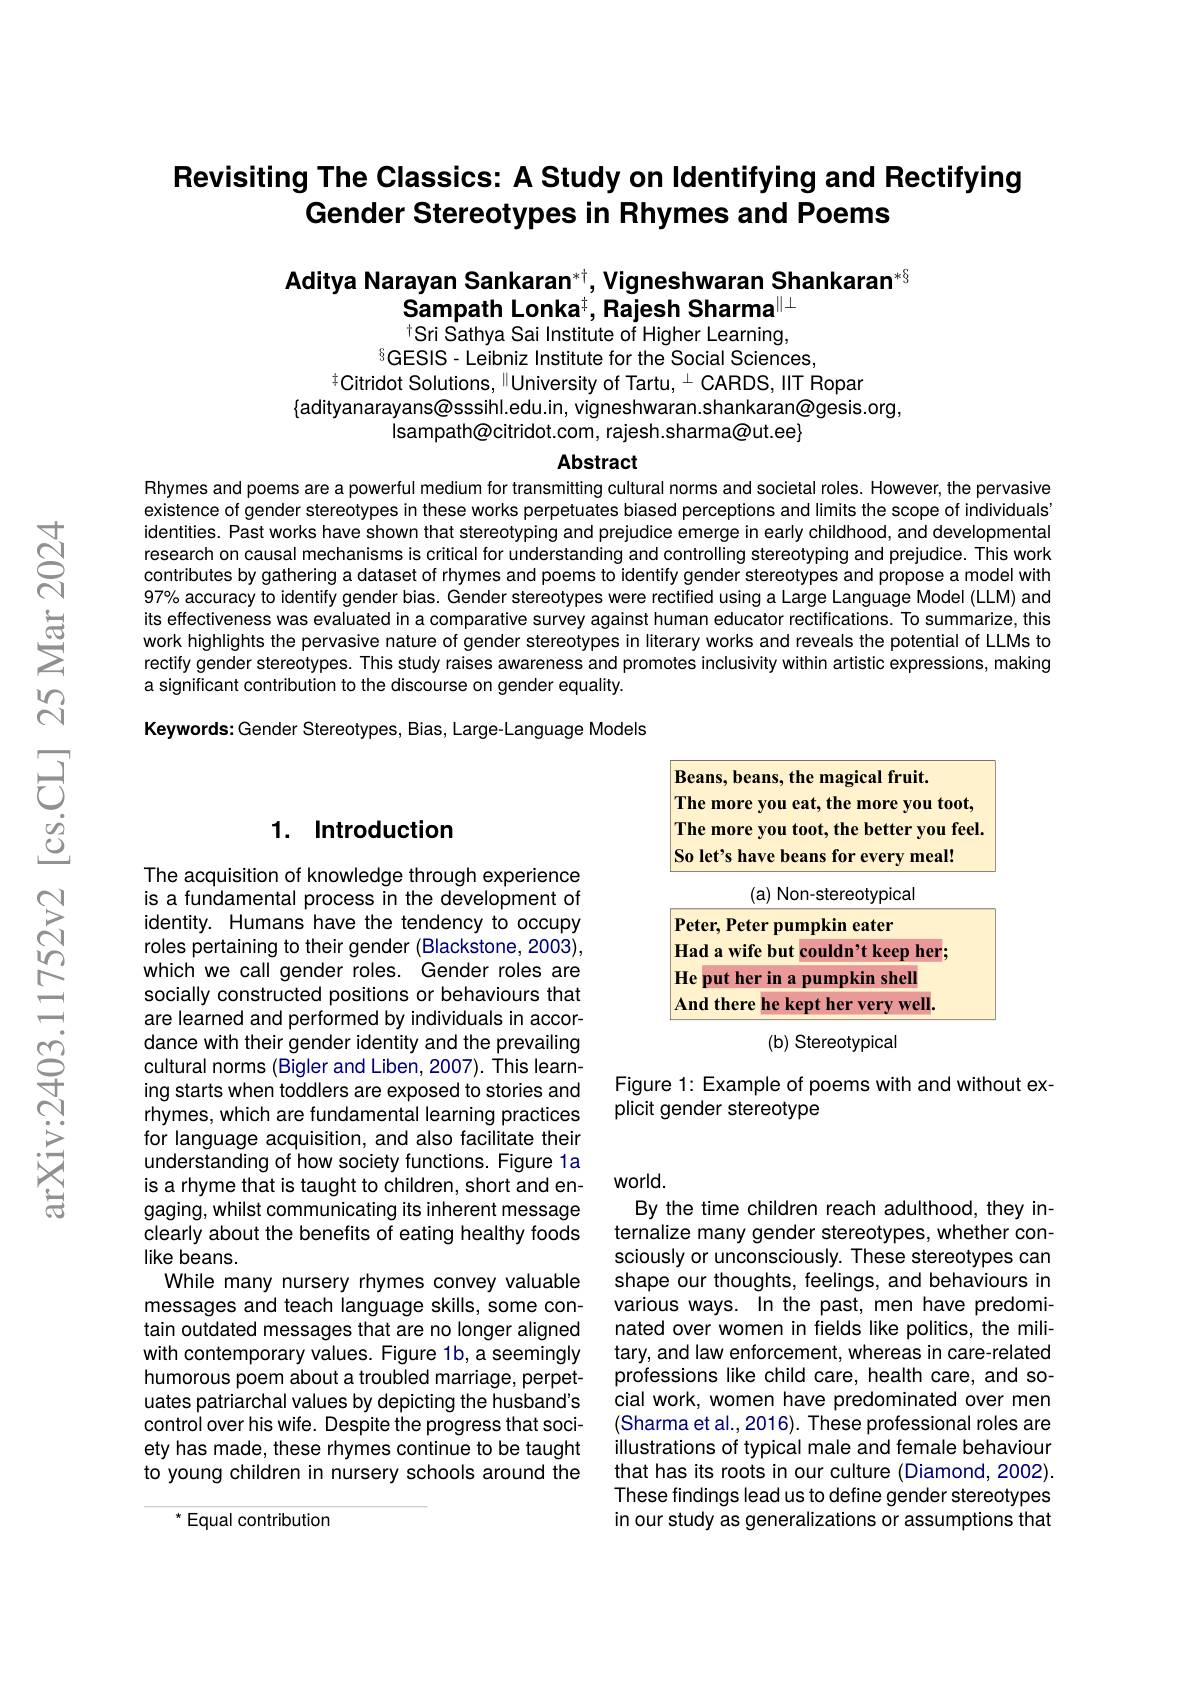
# Revisiting The Classics: A Study on Identifying and Rectifying Gender Stereotypes in Rhymes and Poems

# Aditya Narayan Sankaran$^*\dagger$,Vigneshwaran Shankaran$^{*_3}$ Sampath Lonka$^{\dagger}$, Rajesh Sharma$^{\|\perp}$ $^{\dagger}$Sri Sathya Sai Institute of Higher Learning,

$^{8}GESIS-Leibniz$ Institute for the Social Sciences,
$^{\#}$Citridot Solutions, "University of Tartu, $^{\perp}$ CARDS, IIT Ropar
$\{$adityanarayans@sssihl.edu.in, vigneshwaran.shankaran@gesis.org,
$l$sampath@citridot.com, rajesh.sharma@ut.ee$\}$

Abstract

Rhymes and poems are a powerful medium for transmitting cultural norms and societal roles. However, the pervasive existence of gender stereotypes in these works perpetuates biased perceptions and limits the scope of individuals' identities. Past works have shown that stereotyping and prejudice emerge in early childhood, and developmental research on causal mechanisms is critical for understanding and controlling stereotyping and prejudice. This work contributes by gathering a dataset of rhymes and poems to identify gender stereotypes and propose a model with 97% accuracy to identify gender bias. Gender stereotypes were rectified using a Large Language Model (LLM) and its effectiveness was evaluated in a comparative survey against human educator rectifications. To summarize, this work highlights the pervasive nature of gender stereotypes in literary works and reveals the potential of LLMs to rectify gender stereotypes. This study raises awareness and promotes inclusivity within artistic expressions, making a significant contribution to the discourse on gender equality.

Keywords: Gender Stereotypes, Bias, Large-Language Models

### 1. Introduction

<FigureHere>
(b) Stereotypical

Figure 1: Example of poems with and without ex-
plicit gender stereotype

The acquisition of knowledge through experience is a fundamental process in the development of identity. Humans have the tendency to occupy roles pertaining to their gender (Blackstone, 2003), which we call gender roles. Gender roles are socially constructed positions or behaviours that are learned and performed by individuals in accordance with their gender identity and the prevailing cultural norms (Bigler and Liben, 2007). This learning starts when toddlers are exposed to stories and rhymes, which are fundamental learning practices for language acquisition, and also facilitate their understanding of how society functions. Figure 1a is a rhyme that is taught to children, short and engaging, whilst communicating its inherent message clearly about the benefits of eating healthy foods like beans.
While many nursery rhymes convey valuable messages and teach language skills, some contain outdated messages that are no longer aligned with contemporary values. Figure 1b, a seemingly humorous poem about a troubled marriage, perpetuates patriarchal values by depicting the husband's control over his wife. Despite the progress that society has made, these rhymes continue to be taught to young children in nursery schools around the

## world.

By the time children reach adulthood, they internalize many gender stereotypes, whether consciously or unconsciously. These stereotypes can shape our thoughts, feelings, and behaviours in various ways. In the past, men have predominated over women in fields like politics, the military, and law enforcement, whereas in care-related professions like child care, health care, and social work, women have predominated over men (Sharma et al., 2016). These professional roles are illustrations of typical male and female behaviour that has its roots in our culture (Diamond, 2002). These findings lead us to define gender stereotypes in our study as generalizations or assumptions that

<FigureHere>